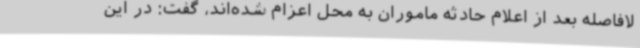
لافاصله بعد از اعلام حادثه ماموران به محل اعزام شده‌اند، گفت: در این